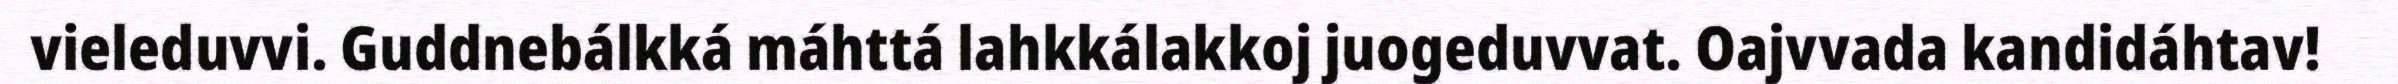
vieleduvvi. Guddnebálkká máhttá lahkkálakkoj juogeduvvat. Oajvvada kandidáhtav!